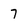
Character: 7